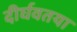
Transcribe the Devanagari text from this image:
दीर्घवतया